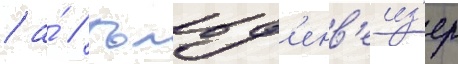
/ а́ // Гольд'енв'еиз'ер